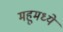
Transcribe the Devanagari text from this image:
महूमध्ये